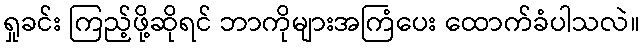
ရှုခင်း ကြည့်ဖို့ဆိုရင် ဘာကိုများအကြံပေး ထောက်ခံပါသလဲ။